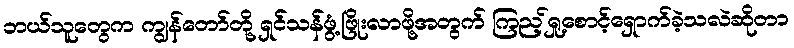
ဘယ်သူတွေက ကျွန်တော်တို့ ရှင်သန်ဖွံ့ဖြိုးလာဖို့အတွက် ကြည့်ရှု့စောင့်ရှောက်ခဲ့သလဲဆိုတာ